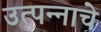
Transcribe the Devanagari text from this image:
उत्‍पन्‍नाचे